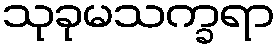
သုခုမသက္ခရာ